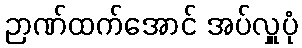
ဉာဏ်ထက်အောင် အပ်လှူပုံ